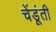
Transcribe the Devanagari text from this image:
चेंडूंती